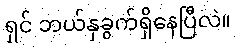
ရှင် ဘယ်နှခွက်ရှိနေပြီလဲ။